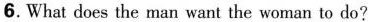
6.What does the man want the woman to do?